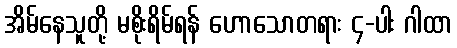
အိမ်နေသူတို့ မစိုးရိမ်ရန် ဟောသောတရား ၄-ပါး ဂါထာ